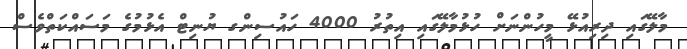
މާލޭގައި ދިރިއުޅޭ މީހުންނަށް ހުޅުމާލޭގައި އިތުރު 4000 ހައުސިންގ ޔުނިޓް އެޅުމުގެ މަސައްކަތްވެސް